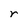
Character: r